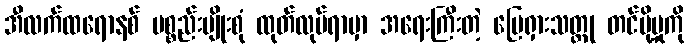
အီလက်ထရောနစ် ပစ္စည်းမျိုးစုံ ထုတ်လုပ်ရာမှာ အရေးကြီးတဲ့ မြေရှားသတ္တု တင်ပို့မှုကို